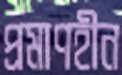
প্রমাণহীন